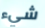
شيء